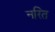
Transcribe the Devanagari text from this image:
नरित